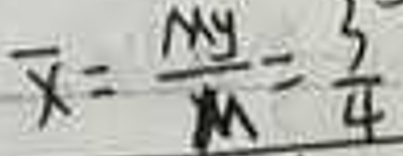
\(\overline{x}=\frac{M_y}{M}=\frac{3}{4}\)